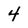
Character: 4